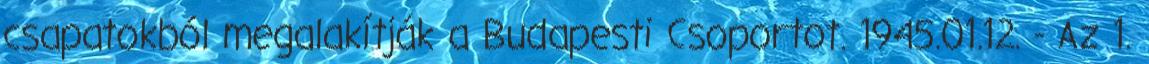
csapatokból megalakítják a Budapesti Csoportot. 1945.01.12. - Az 1.